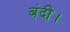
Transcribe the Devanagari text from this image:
बंदी।